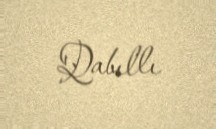
Qabıllı